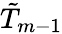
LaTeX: \tilde{T}_{m-1}